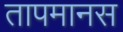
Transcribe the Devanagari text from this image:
तापमानस